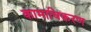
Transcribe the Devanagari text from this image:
कामाधिकरण